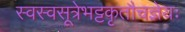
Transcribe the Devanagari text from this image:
स्वस्वसूत्रेभट्टकृतौचज्ञेयः